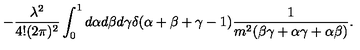
- \frac { \lambda ^ { 2 } } { 4 ! ( 2 \pi ) ^ { 2 } } \int _ { 0 } ^ { 1 } d \alpha d \beta d \gamma \delta ( \alpha + \beta + \gamma - 1 ) \frac { 1 } { m ^ { 2 } ( \beta \gamma + \alpha \gamma + \alpha \beta ) } .